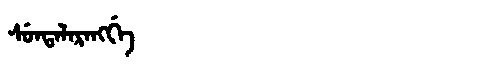
Manchu: ᠰᡠᠨᡨᠠᠯᠠᡵᠠᠩᡤᡝ
Romanization: SUNTALARANGGE